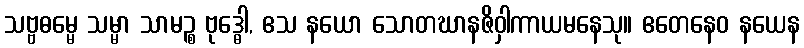
သဗ္ဗဓမ္မေ သမ္မာ သာမဉ္စ ဗုဒ္ဓေါ, ဧသ နယော သောတဃာနဇိဝှါကာယမနေသု။ ဧတေနေဝ နယေန